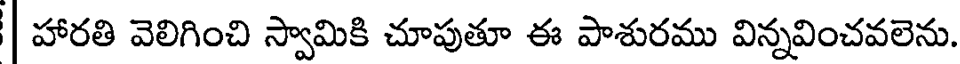
| హారతి వెలిగించి స్వామికి చూపుతూ ఈ పాశురము విన్నవించవలెను.